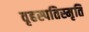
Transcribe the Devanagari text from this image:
वृहस्पतिस्मृति